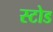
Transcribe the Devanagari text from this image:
स्टोड